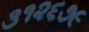
૩૧૨૬૭૯